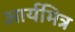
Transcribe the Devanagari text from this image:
आर्यमित्र